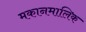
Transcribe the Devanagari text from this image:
मकानमालिक